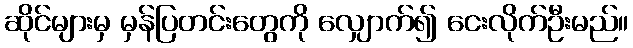
ဆိုင်များမှ မှန်ပြတင်းတွေကို လျှောက်၍ ငေးလိုက်ဦးမည်။